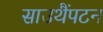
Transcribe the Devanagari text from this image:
साउथैंपटन